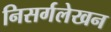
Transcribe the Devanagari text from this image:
निसर्गलेखन